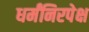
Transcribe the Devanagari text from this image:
धर्मंनिरपेक्ष